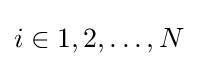
i\in {1,2,\dots ,N}